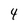
Character: 4